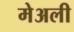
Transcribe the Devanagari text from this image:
मेअली